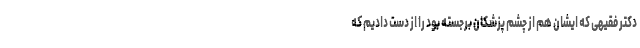
دکتر فقیهی که ایشان هم از چشم پزشکان برجسته بود را از دست دادیم که